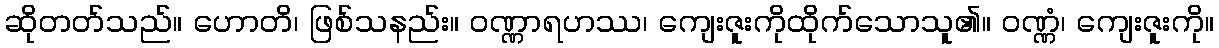
ဆိုတတ်သည်။ ဟောတိ၊ ဖြစ်သနည်း။ ဝဏ္ဏာရဟဿ၊ ကျေးဇူးကိုထိုက်သောသူ၏။ ဝဏ္ဏံ၊ ကျေးဇူးကို။